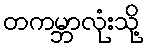
တကမ္ဘာလုံးသို့